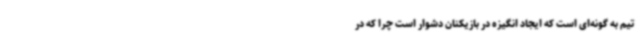
تیم به گونه‌ای است که ایجاد انگیزه در بازیکنان دشوار است چرا که در